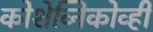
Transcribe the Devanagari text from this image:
कोशेव्निकोव्ही